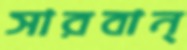
সারবান্‌